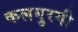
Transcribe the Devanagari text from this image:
कलबुरगी